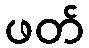
ဖတ်